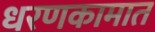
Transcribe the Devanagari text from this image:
धरणकामात